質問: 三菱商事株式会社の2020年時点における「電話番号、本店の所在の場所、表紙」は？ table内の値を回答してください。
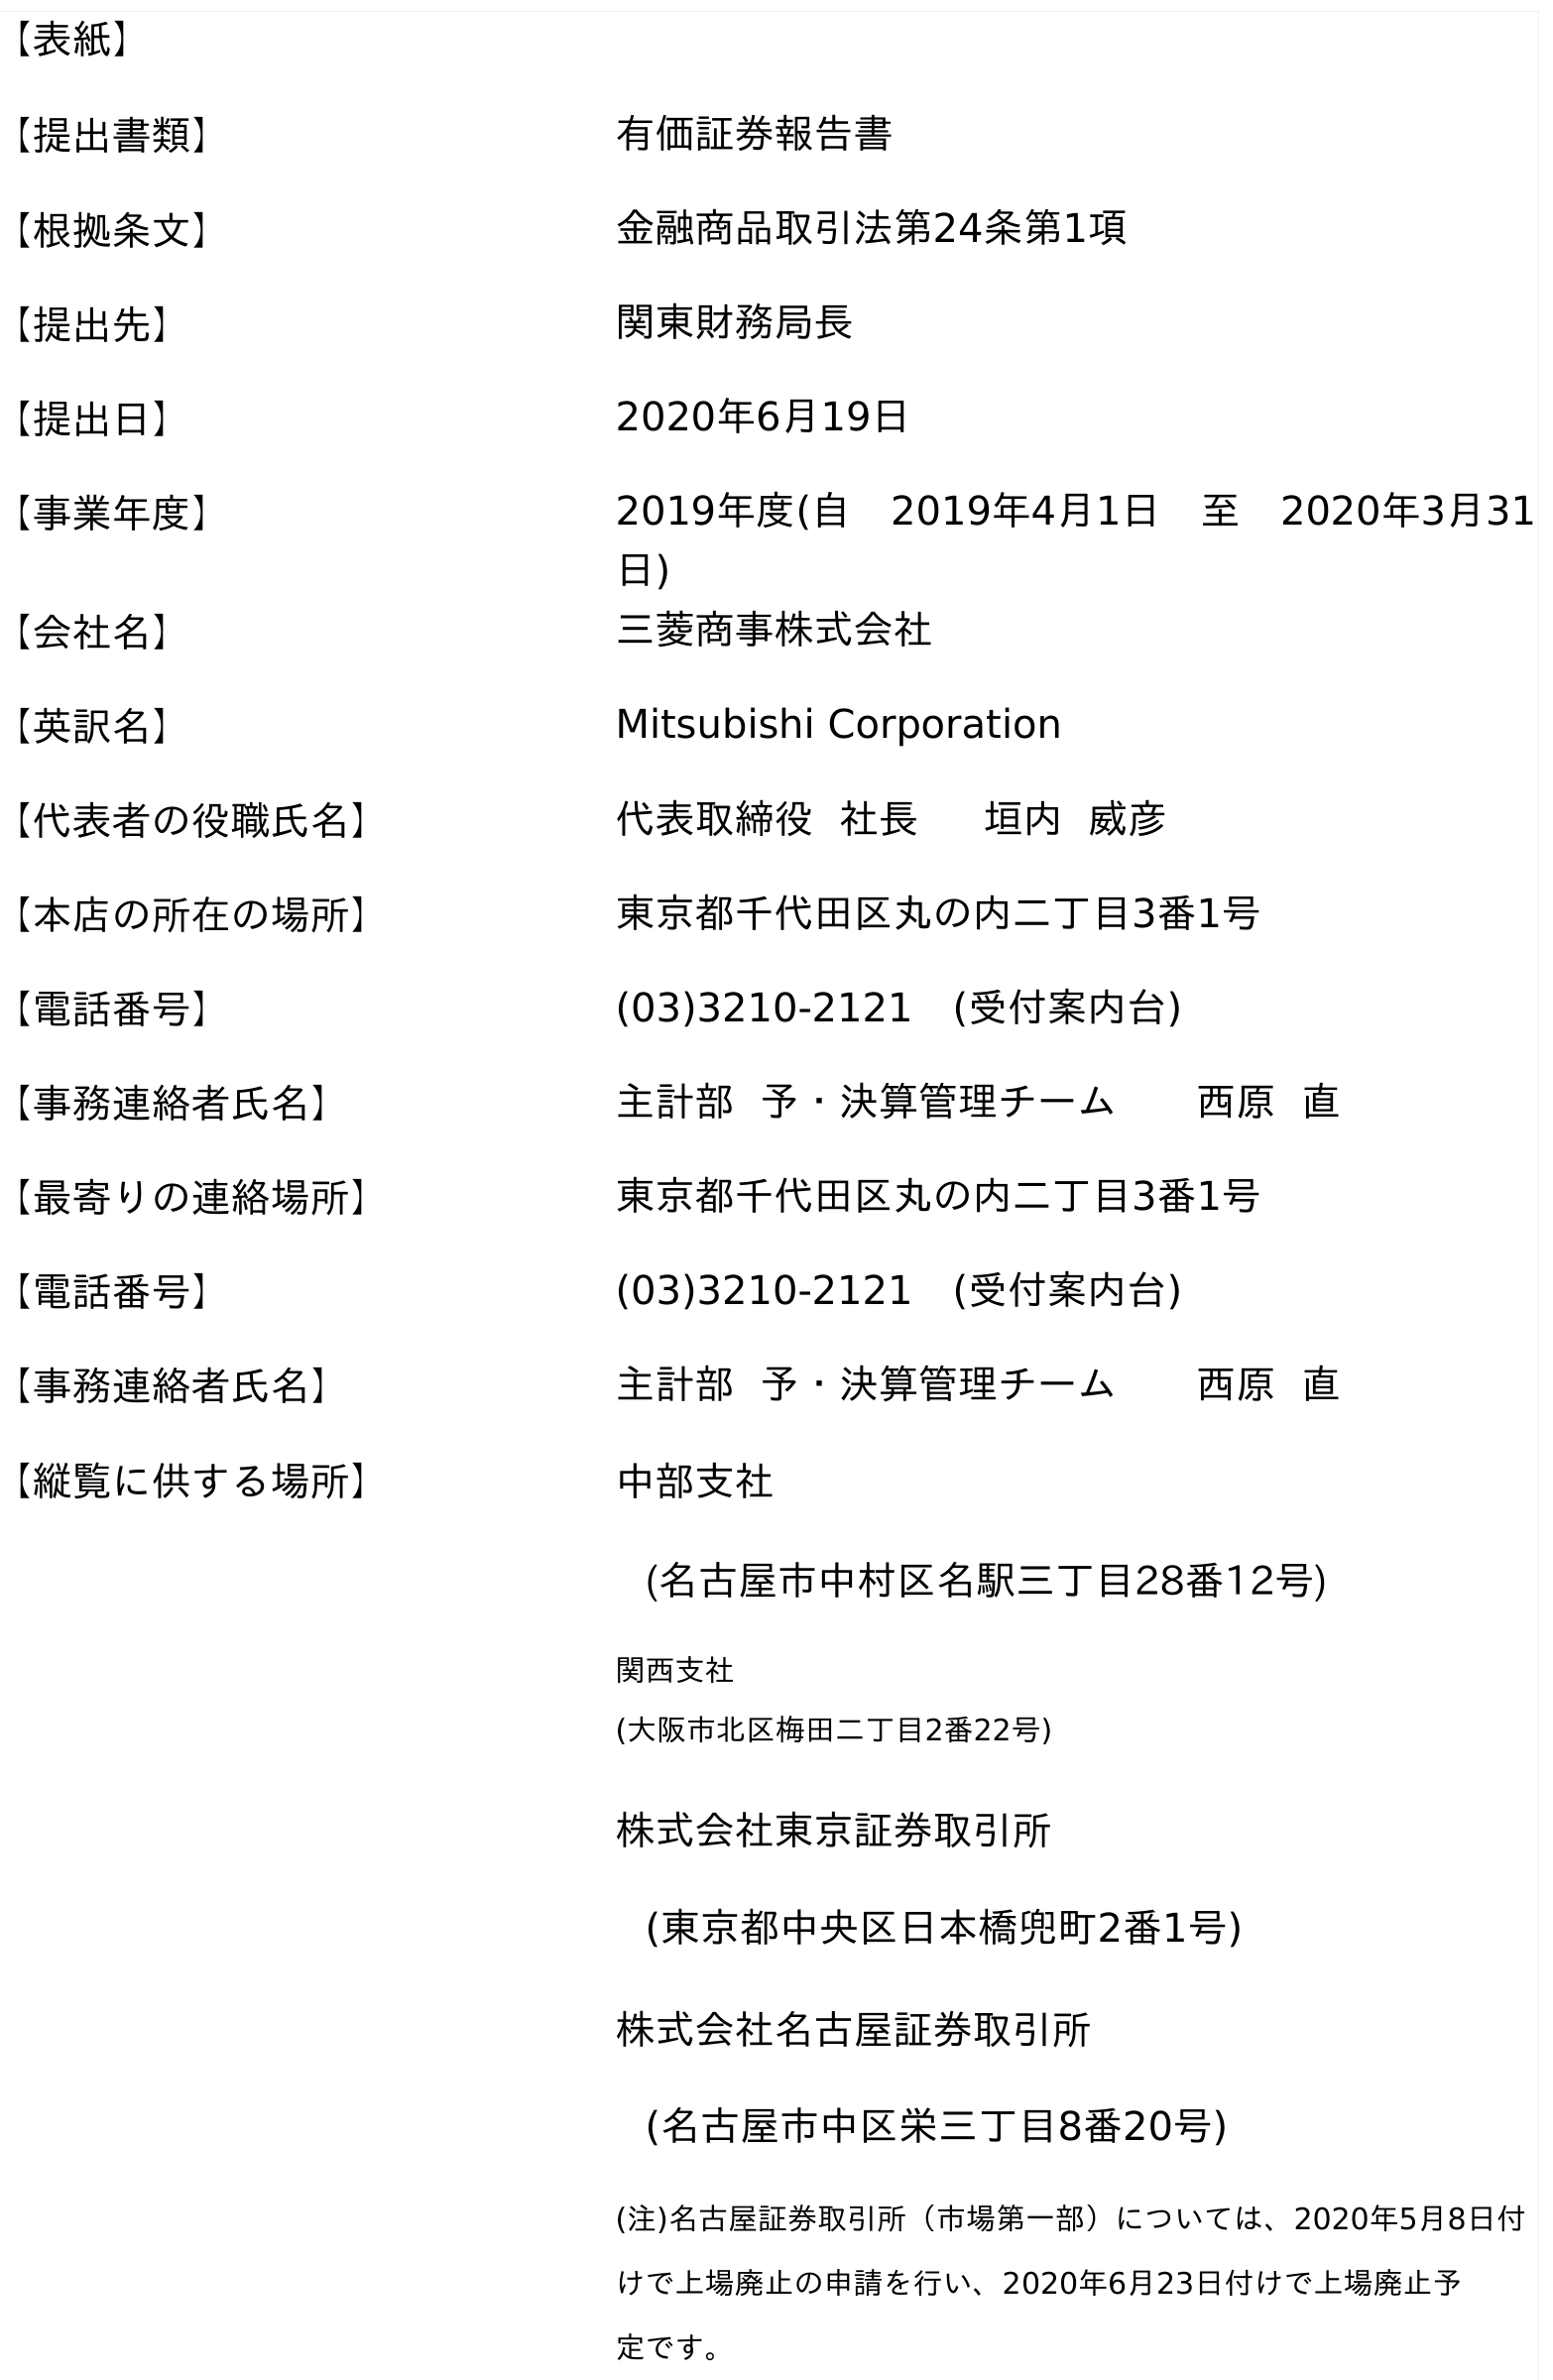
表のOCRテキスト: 【表紙】 【提出書類】 有価証券報告書 【根拠条文】 金融商品取引法第24条第1項 【提出先】 関東財務局長 【提出日】 2020年6月19日 【事業年度】 2019年度(自 2019年4月1日 至 2020年3月31 日) 【会社名】 三菱商事株式会社 【英訳名】 Mitsubishi Corporation 【代表者の役職氏名】 代表取締役 社長  垣内 威彦 【本店の所在の場所】 東京都千代田区丸の内二丁目3番1号 【電話番号】 (03)3210-2121 (受付案内台) 【事務連絡者氏名】 主計部 予・決算管理チーム  西原 直 【最寄りの連絡場所】 東京都千代田区丸の内二丁目3番1号 【電話番号】 (03)3210-2121 (受付案内台) 【事務連絡者氏名】 主計部 予・決算管理チーム  西原 直 【縦覧に供する場所】 中部支社 (名古屋市中村区名駅三丁目28番12号) 関西支社 (大阪市北区梅田二丁目2番22号) 株式会社東京証券取引所 (東京都中央区日本橋兜町2番1号) 株式会社名古屋証券取引所 (名古屋市中区栄三丁目8番20号) (注)名古屋証券取引所（市場第一部）については、2020年5月8日付 けで上場廃止の申請を行い、2020年6月23日付けで上場廃止予 定です。
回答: (03)3210-2121　(受付案内台)